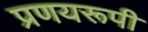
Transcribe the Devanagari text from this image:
प्रणयरूपी